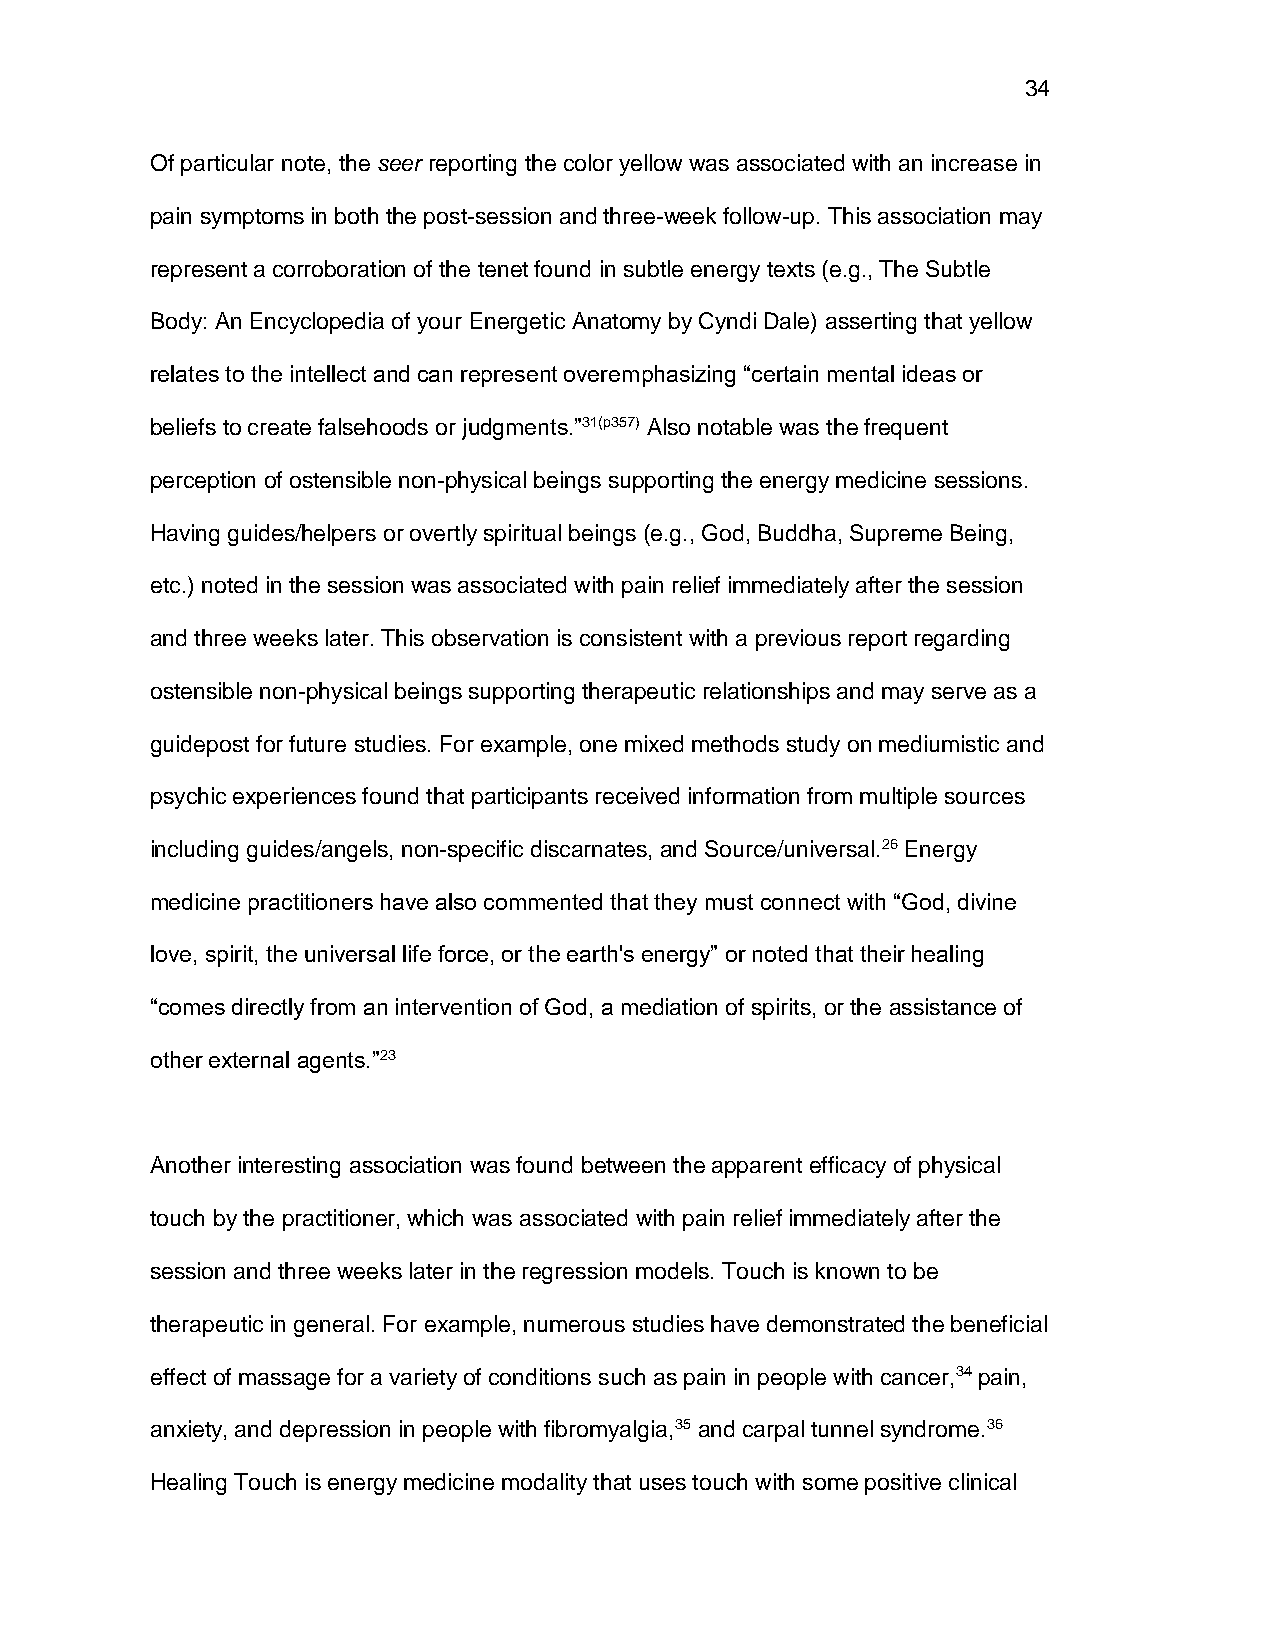
34
 Of particular note, the seer reporting the color yellow was associated with an increase in
 pain symptoms in both the post-session and three-week follow-up. This association may
 represent a corroboration of the tenet found in subtle energy texts (e.g., The Subtle
 Body: An Encyclopedia of your Energetic Anatomy by Cyndi Dale) asserting that yellow
 relates to the intellect and can represent overemphasizing “certain mental ideas or
 beliefs to create falsehoods or judgments.”31(p357) Also notable was the frequent
 perception of ostensible non-physical beings supporting the energy medicine sessions.
 Having guides/helpers or overtly spiritual beings (e.g., God, Buddha, Supreme Being,
 etc.) noted in the session was associated with pain relief immediately after the session
 and three weeks later. This observation is consistent with a previous report regarding
 ostensible non-physical beings supporting therapeutic relationships and may serve as a
 guidepost for future studies. For example, one mixed methods study on mediumistic and
 psychic experiences found that participants received information from multiple sources
 including guides/angels, non-specific discarnates, and Source/universal.26 Energy
 medicine practitioners have also commented that they must connect with “God, divine
 love, spirit, the universal life force, or the earth's energy” or noted that their healing
 “comes directly from an intervention of God, a mediation of spirits, or the assistance of
 other external agents.”23
 Another interesting association was found between the apparent efficacy of physical
 touch by the practitioner, which was associated with pain relief immediately after the
 session and three weeks later in the regression models. Touch is known to be
 therapeutic in general. For example, numerous studies have demonstrated the beneficial
 effect of massage for a variety of conditions such as pain in people with cancer,34 pain,
 anxiety, and depression in people with fibromyalgia,35 and carpal tunnel syndrome.36
 Healing Touch is energy medicine modality that uses touch with some positive clinical